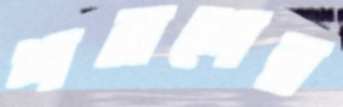
শমশের